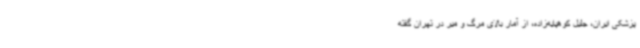
پزشکی ایران، جلیل کوهپایه‌زاده، از آمار بالای مرگ و میر در تهران گفته